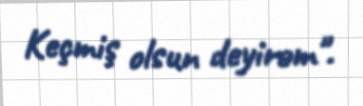
Keçmiş olsun deyirəm".